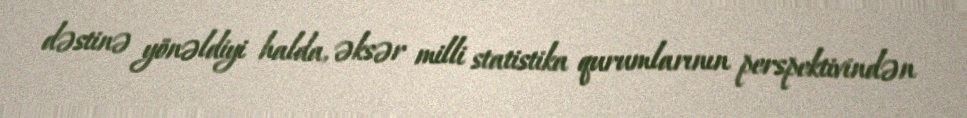
dəstinə yönəldiyi halda, əksər milli statistika qurumlarının perspektivindən